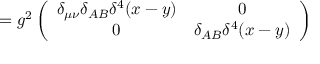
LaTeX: = g ^ { 2 } \left( \begin{array} { c c } { { \delta _ { \mu \nu } \delta _ { A B } \delta ^ { 4 } ( x - y ) } } & { { 0 } } \\ { { 0 } } & { { \delta _ { A B } \delta ^ { 4 } ( x - y ) } } \end{array} \right)